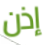
إذن